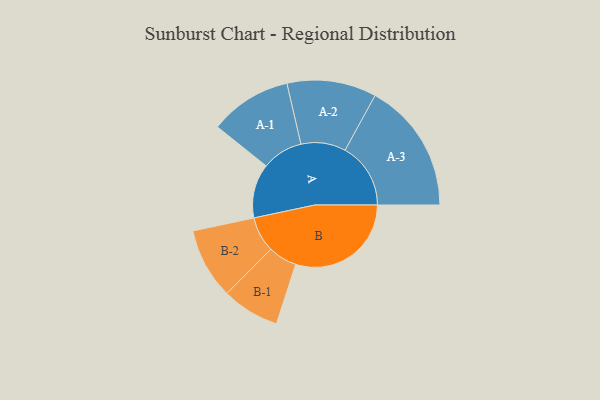
{"axis": {"x": "Segment", "y": "Value"}, "legend": ["", "A", "B"], "data": [{"x": "A", "y": 205, "type": ""}, {"x": "B", "y": 437, "type": ""}, {"x": "A-1", "y": 155, "type": "A"}, {"x": "A-2", "y": 169, "type": "A"}, {"x": "A-3", "y": 248, "type": "A"}, {"x": "B-1", "y": 109, "type": "B"}, {"x": "B-2", "y": 134, "type": "B"}]}